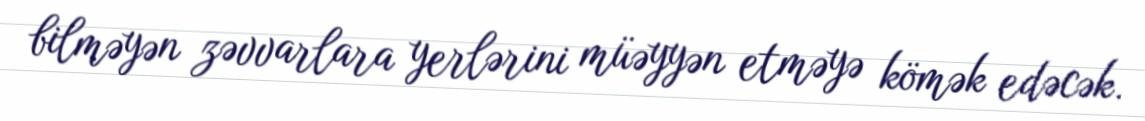
bilməyən zəvvarlara yerlərini müəyyən etməyə kömək edəcək.